Reports on dispensaries and lunatic asylums in the Province of Oudh - 1869-1876
Year: 1869
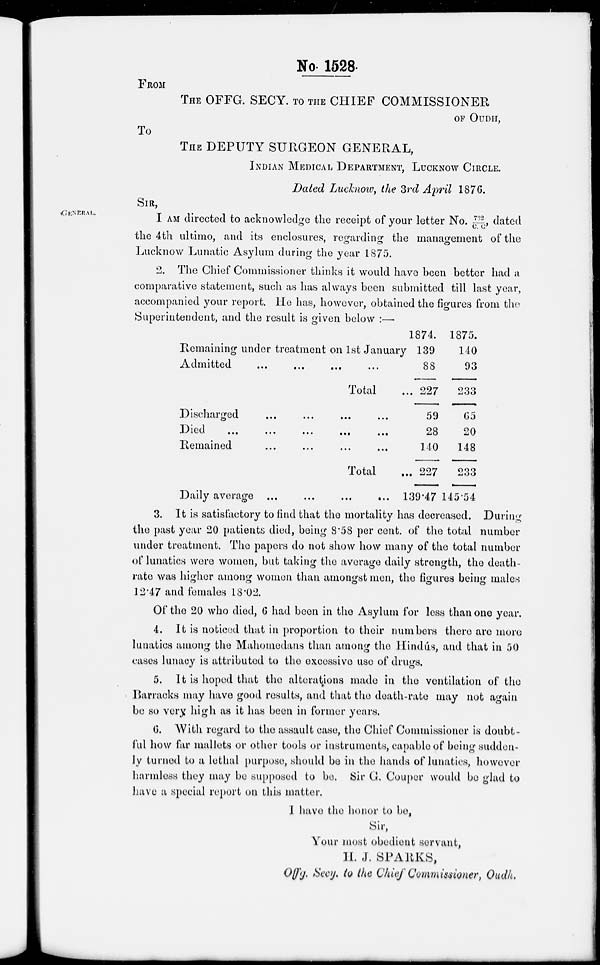
No. 1528.
FROM
THE OFFG. SECY. TO THE CHIEF COMMISSIONER
OF OUDH,
To
THE DEPUTY SURGEON GENERAL,
INDIAN MEDICAL DEPARTMENT, LUCKNOW CIRCLE.
Dated Lucknow the 3rd April 1876.
SIR,
GENERAL.
I AM directed to acknowledge the receipt of your letter No. 732/C. C, dated
the 4th ultimo, and its enclosures, regarding the management of the
Lucknow Lunatic Asylum during the year 1875.
2. The Chief Commissioner thinks it would have been better had a
comparative statement, such as has always been submitted till last year,
accompanied your report. He has, however, obtained the figures from the
Superintendent, and the result is given below :—
Remaining under treatment on 1st January
Admitted ... ... ... ...
Total ...
Discharged ... ... ... ...
Died ... ... ... ... ...
Remained ... ... ... ...
Total
...
Daily average ...
...
...
...
1874.
139
88
227
59
28
140
227
139.47
1875.
140
93
233
65
20
148
233
145.54
3. It is satisfactory to find that the mortality has decreased. During
the past year 20 patients died, being 8.58 per cent, of the total number
under treatment. The papers do not show how many of the total number
of lunatics were women, but taking the average daily strength, the death-
rate was higher among women than amongst men, the figures being males
12.47 and females 18.02.
Of the 20 who died, 6 had been in the Asylum for less than one year.
4. It is noticed that in proportion to their numbers there are more
lunatics among the Mahomedans than among the Hindus, and that in 50
cases lunacy is attributed to the excessive use of drugs.
5. It is hoped that the alterations made in the ventilation of the
Barracks may have good results, and that the death-rate may not again
be so very high as it has been in former years.
6. With regard to the assault case, the Chief Commissioner is doubt-
ful how far mallets or other tools or instruments, capable of being sudden-
ly turned to a lethal purpose, should be in the hands of lunatics, however
harmless they may be supposed to be. Sir G. Couper would be glad to
have a special report on this matter.
I have the honor to be,
Sir,
Your most obedient servant,
H. J. SPARKS,
offg. Secy, to the Chief Commissioner, Oudh.